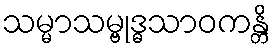
သမ္မာသမ္ဗုဒ္ဓသာဝကန္တိ